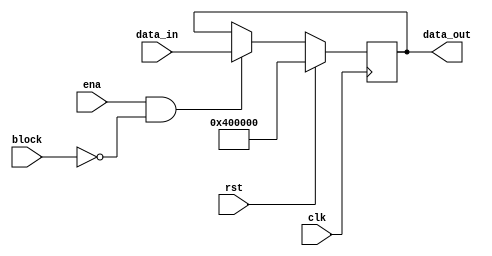
`timescale 1ns / 1ps
module PCREG(
input clk,   //1  PC 
input rst,   //1  PC  // ena rst 
input ena,   //1 , PC  data_in 
input block,// 
input [31:0] data_in, //32 
output [31:0]data_out   //32 PC
);

reg [31:0] temp = 32'h00400000;
always@(posedge clk)
   begin
   if(rst)
       begin
       temp=32'h00400000;
       end
   else if(ena&~block)
       begin
       temp=data_in;
       end
   end 
   
assign data_out=temp;
endmodule